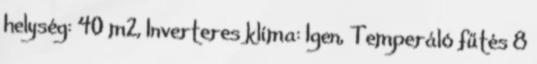
helység: 40 m2, Inverteres klíma: Igen, Temperáló fűtés 8